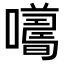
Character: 𡃮